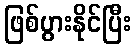
ဖြစ်ပွားနိုင်ပြီး